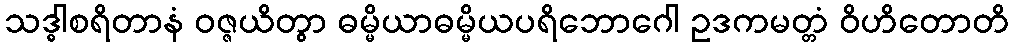
သဒ္ဓါစရိတာနံ ဝဇ္ဇယိတွာ ဓမ္မိယာဓမ္မိယပရိဘောဂေါ ဥဒကမတ္တံ ဝိဟိတောတိ